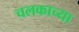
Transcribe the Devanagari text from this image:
चलकाच्या